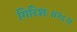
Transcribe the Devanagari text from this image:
गिरिशः॥१८॥